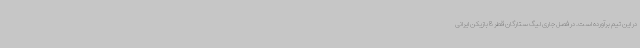
در این تیم برآورده است. در فصل جاری لیگ ستارگان قطر 8 بازیکن ایرانی